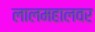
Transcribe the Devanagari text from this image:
लालमहालवर